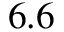
6 . 6